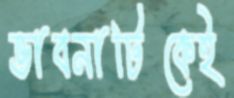
ভাবনাটিকেই